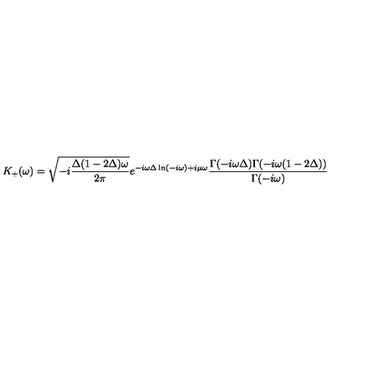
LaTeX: K _ { + } ( \omega ) = \sqrt { - i \frac { \Delta ( 1 - 2 \Delta ) \omega } { 2 \pi } } e ^ { - i \omega \Delta \ln ( - i \omega ) + i \mu \omega } \frac { \Gamma ( - i \omega \Delta ) \Gamma ( - i \omega ( 1 - 2 \Delta ) ) } { \Gamma ( - i \omega ) }